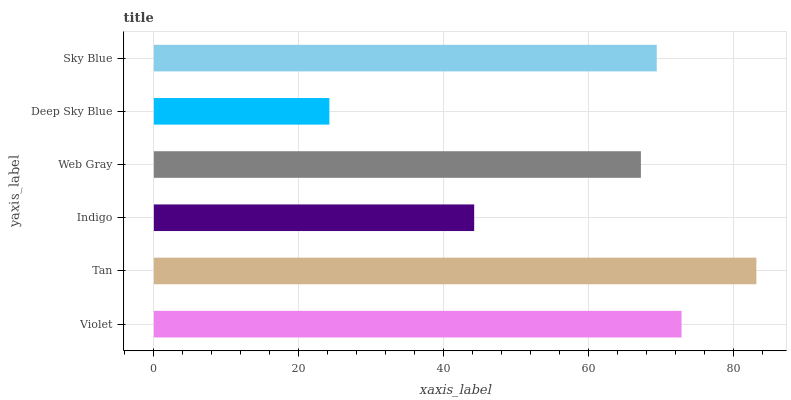
| yaxis_label | bars |
 | --- | --- |
 | Violet | 72.8 |
 | Tan | 83.1 |
 | Indigo | 44.2 |
 | Web Gray | 67.2 |
 | Deep Sky Blue | 24.2 |
 | Sky Blue | 69.4 |